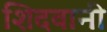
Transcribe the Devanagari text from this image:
शिदवानी